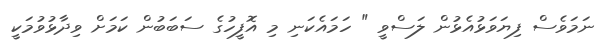
ނަމަވެސް ފިޔަވަޅުއެޅުން ލަސްވީ " ހަމައެކަނި މި އޮފީހުގެ ސަބަބުން ކަމަށް ވިދާޅުވުމަކީ